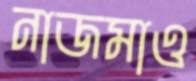
নাজমাও